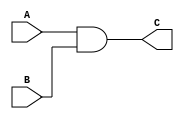
module prim_and(A,B,C);
input A,B; 
output reg C;

always @(A or B) begin
	C= A&B;
end
endmodule